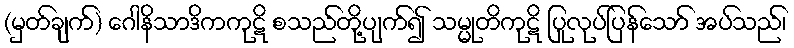
(မှတ်ချက်) ဂေါနိသာဒိကကုဋိ စသည်တို့ပျက်၍ သမ္မုတိကုဋိ ပြုလုပ်ပြန်သော် အပ်သည်၊